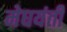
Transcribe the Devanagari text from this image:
मेघयंती